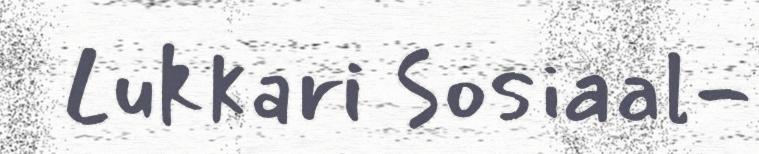
Lukkari Sosiaal-